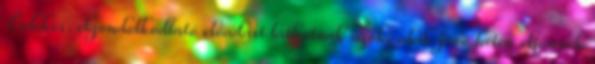
Érdekes, elgondolkodtató előadást láthatnak azok, akik jövő héten eljönnek